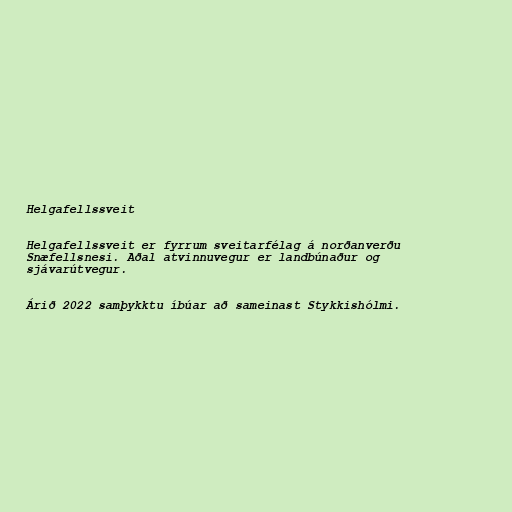
Helgafellssveit

Helgafellssveit er fyrrum sveitarfélag á norðanverðu
Snæfellsnesi. Aðal atvinnuvegur er landbúnaður og
sjávarútvegur.

Árið 2022 samþykktu íbúar að sameinast Stykkishólmi.